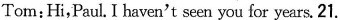
Tom:Hi,Paul. I haven't seen you for years. 21. ___Paul;Sorry. I don't know you. Who are you? Tom:I'm Tom,your cousin. 22. _Paul:Let me see. Oh,you're Tom.I heard you were in Cambridge University. Tom:Yes. But now I have finished the university. Paul;23._ But now you are thin and tall. So I couldn't... Tom:Really?I used to have sweet food. I ate too much. So I was very fat. Paul:24. _Tom:Yes.I still wear glasses. Paul:Where are you working now? Tom:I'm in Fudan University, I have been a teacher of the university. Paul:You are great. 25._I can treat you to dinner. Tom:Thank you,but I have a meeting. Paul:All right. See you next time. Tom:See you. |A.You used to be short and heavy. |B.What do you feel like eating? |C. Don't you remember me? |D. You used to like sports, didn't you? E. What happened to you? |F.OK,I'd like to. G. Did you use to wear glasses?